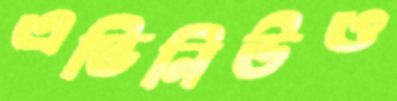
এভিনিউও